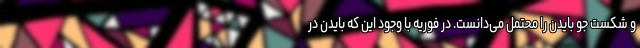
و شکست جو بایدن را محتمل می‌دانست. در فوریه با وجود این که بایدن در